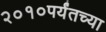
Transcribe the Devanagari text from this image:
२०१०पर्यंतच्या